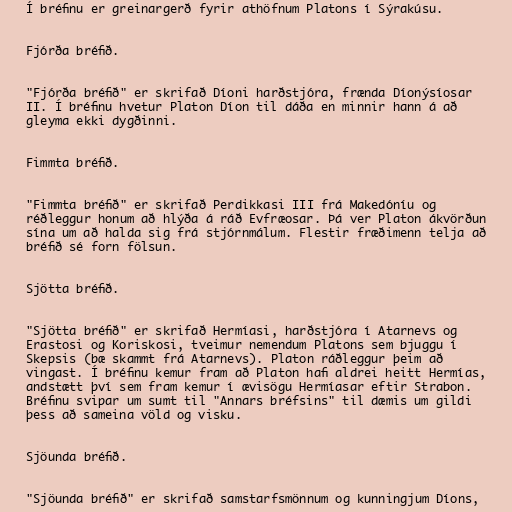
Í bréfinu er greinargerð fyrir athöfnum Platons í Sýrakúsu.

Fjórða bréfið.

"Fjórða bréfið" er skrifað Díoni harðstjóra, frænda Díonýsíosar
II. Í bréfinu hvetur Platon Díon til dáða en minnir hann á að
gleyma ekki dygðinni.

Fimmta bréfið.

"Fimmta bréfið" er skrifað Perdikkasi III frá Makedóníu og
réðleggur honum að hlýða á ráð Evfræosar. Þá ver Platon ákvörðun
sína um að halda sig frá stjórnmálum. Flestir fræðimenn telja að
bréfið sé forn fölsun.

Sjötta bréfið.

"Sjötta bréfið" er skrifað Hermíasi, harðstjóra í Atarnevs og
Erastosi og Koriskosi, tveimur nemendum Platons sem bjuggu í
Skepsis (bæ skammt frá Atarnevs). Platon ráðleggur þeim að
vingast. Í bréfinu kemur fram að Platon hafi aldrei heitt Hermías,
andstætt því sem fram kemur í ævisögu Hermíasar eftir Strabon.
Bréfinu svipar um sumt til "Annars bréfsins" til dæmis um gildi
þess að sameina völd og visku.

Sjöunda bréfið.

"Sjöunda bréfið" er skrifað samstarfsmönnum og kunningjum Díons,